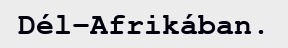
Dél-Afrikában.